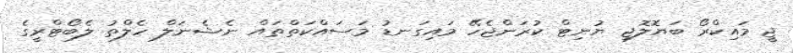
ޖީ މައިކްރޯ ބަޔޮލޮޖި ޔުނިޓް ކުރަންޖެހޭ މައިގަނޑު މަސައްކަތްތައް ނެޝެނަލް ހެލްތު ލެބޯޓްރީގެ